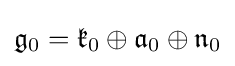
{\mathfrak {g}}_{0}={\mathfrak {k}}_{0}\oplus {\mathfrak {a}}_{0}\oplus {\mathfrak {n}}_{0}